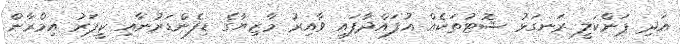
އަދި ޕަންކަލީ ރަނގަޅު ޝޮޓުތަކެއް އުފައްދާފައި ވާއިރު މާޒިޔާގެ ޑިފެންޑަރުނާއި ކީޕަރު އިމްރާން